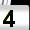
Digit: 4